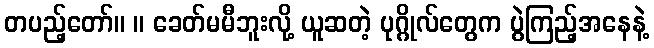
တပည့်တော်။ ။ ခေတ်မမီဘူးလို့ ယူဆတဲ့ ပုဂ္ဂိုလ်တွေက ပွဲကြည့်အနေနဲ့